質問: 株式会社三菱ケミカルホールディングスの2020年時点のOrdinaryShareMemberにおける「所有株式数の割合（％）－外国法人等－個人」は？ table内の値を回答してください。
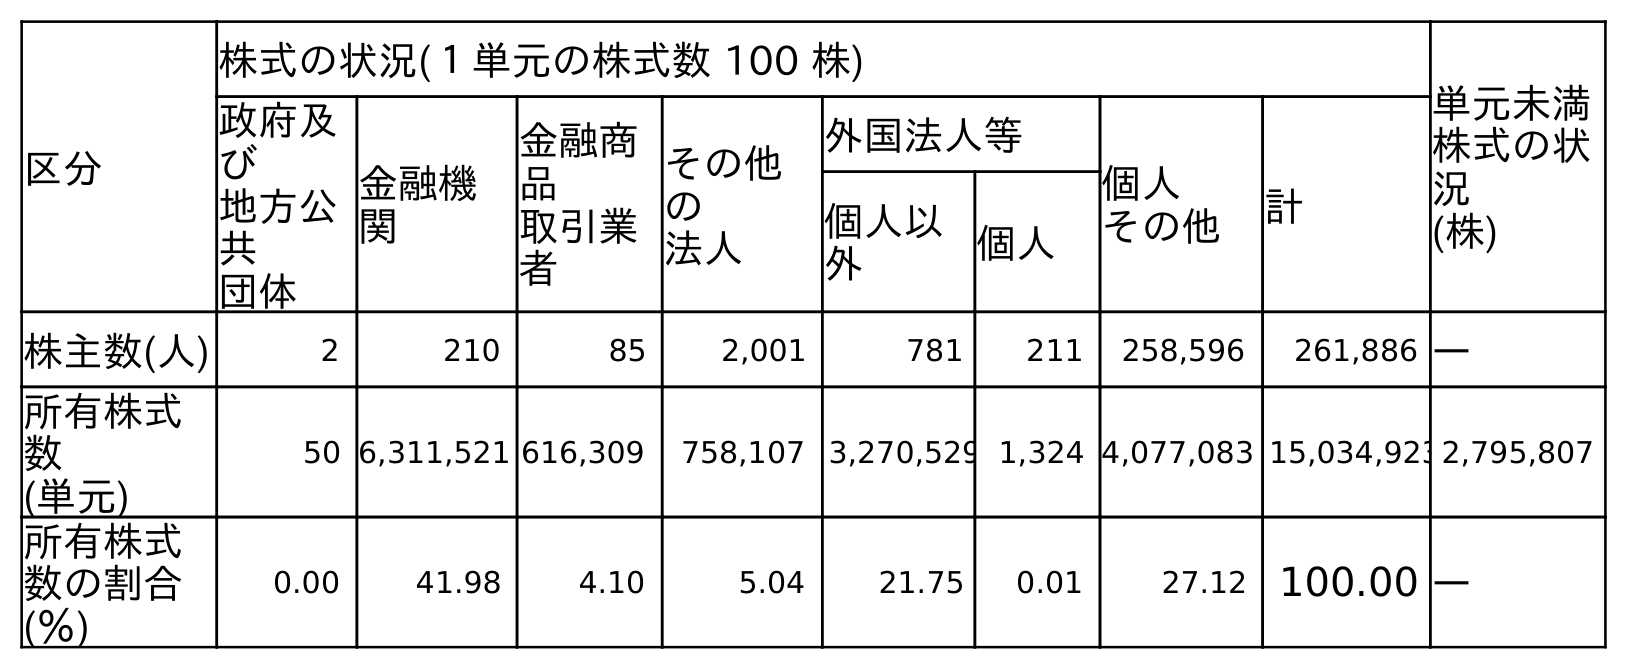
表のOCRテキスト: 区分 株式の状況(１単元の株式数 100 株) 単元未満 株式の状 況 (株) 政府及 び 地方公 共 団体 金融機 関 金融商 品 取引業 者 その他 の 法人 外国法人等 個人 その他 計 個人以 外 個人 株主数(人) 2 210 85 2,001 781 211 258,596 261,886 ― 所有株式 数 (単元) 50 6,311,521 616,309 758,107 3,270,529 1,324 4,077,083 15,034,9232,795,807 所有株式 数の割合 (％) 0.00 41.98 4.10 5.04 21.75 0.01 27.12 100.00 ―
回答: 0.01